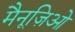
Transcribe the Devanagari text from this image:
मैनूज़िओ